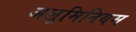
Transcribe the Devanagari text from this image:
अलूमिनियम